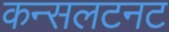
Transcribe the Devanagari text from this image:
कन्सलटनट